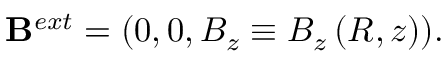
\mathbf { B } ^ { e x t } = ( 0 , 0 , B _ { z } \equiv B _ { z } \left( R , z \right) ) .